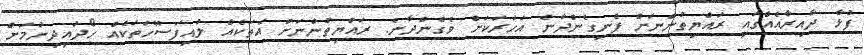
ފުޅާ ދާއިރާއެއްގައި ރައްޔިތުންނަށް ފެނިގެންދާނެ އަހަރަކަށް ވެގެންދާނެ. ރައްޔިތުންނަށް އެތަކެއް ލުއިފަސޭހަތަކެއް ހޯދައިދިނުމަށް